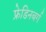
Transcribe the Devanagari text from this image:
फ्रेडिनबर्ग